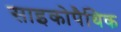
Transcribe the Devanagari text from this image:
साइकोपैथिक